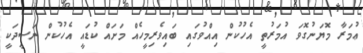
ޢުމަރާ މޮޔަނުގޮވަ އުމަރުތީ އެހުކުން އިއްވުގައި ބައިވެރިމީހެއް މަށައް ކުޑައީ އެހުކުން ނަސީދަކީ